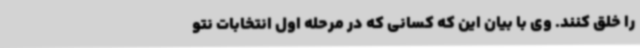
را خلق کنند. وی با بیان این که کسانی که در مرحله اول انتخابات نتو